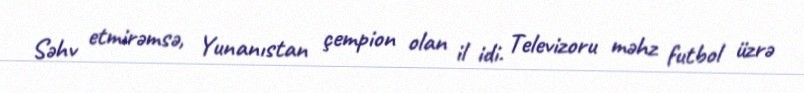
Səhv etmirəmsə, Yunanıstan çempion olan il idi. Televizoru məhz futbol üzrə